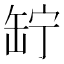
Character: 䍆